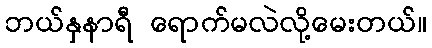
ဘယ်နှနာရီ ရောက်မလဲလို့မေးတယ်။